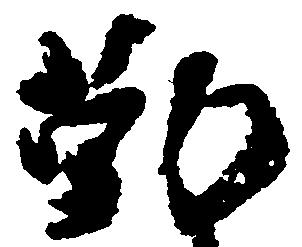
勤